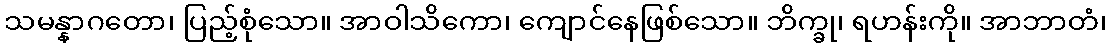
သမန္နာဂတော၊ ပြည့်စုံသော။ အာဝါသိကော၊ ကျောင်နေဖြစ်သော။ ဘိက္ခု၊ ရဟန်းကို။ အာဘာတံ၊